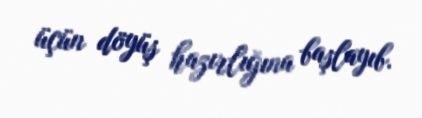
üçün döyüş hazırlığına başlayıb.